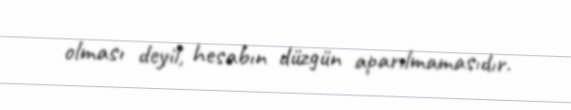
olması deyil, hesabın düzgün aparılmamasıdır.